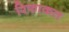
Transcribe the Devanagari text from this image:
रिफाकत